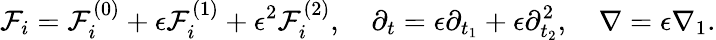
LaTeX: \mathcal{F}_{i}=\mathcal{F}_{i}^{(0)}+\epsilon\mathcal{F}_{i}^{(1)}+\epsilon^{2}\mathcal{F}_{i}^{(2)},\quad\partial_{t}=\epsilon\partial_{t_{1}}+\epsilon\partial_{t_{2}}^{2},\quad\nabla=\epsilon\nabla_{1}.